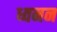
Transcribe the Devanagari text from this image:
ध्वनन